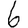
Digit: 6